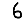
Digit: 6